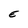
Character: E